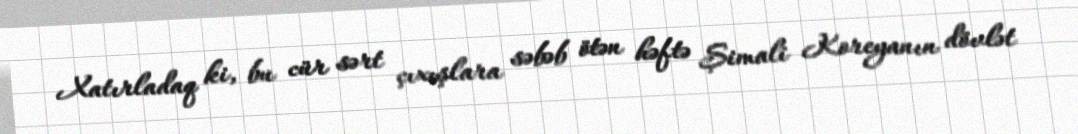
Xatırladaq ki, bu cür sərt çıxışlara səbəb ötən həftə Şimali Koreyanın dövlət